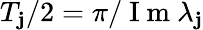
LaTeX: T_{\mathbf{j}}/2=\pi/\mathrm{{~I~m~}}\lambda_{\mathbf{j}}